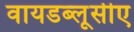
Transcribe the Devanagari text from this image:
वायडब्लूसीए